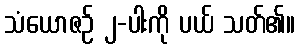
သံယောဇဉ် ၂-ပါးကို ပယ် သတ်၏။